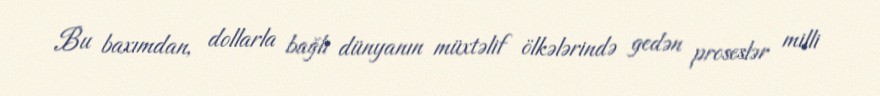
Bu baxımdan, dollarla bağlı dünyanın müxtəlif ölkələrində gedən proseslər milli